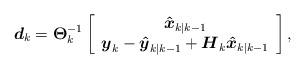
LaTeX: \begin{align*}{{\boldsymbol{d}}_k} = {\boldsymbol{\Theta }}_k^{ - 1}\left[ {\begin{array}{*{20}{c}} {{{{\boldsymbol{\hat x}}}_{k|k - 1}}} \\ {{{\boldsymbol{y}}_k} - {{{\boldsymbol{\hat y}}}_{k|k - 1}} + {{\boldsymbol{H}}_k}{{{\boldsymbol{\hat x}}}_{k|k - 1}}} \end{array}} \right],\end{align*}